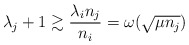
\begin{align*} \lambda_j + 1\gtrsim \frac{\lambda_i n_j}{n_i} = \omega(\sqrt{\mu n_j}) \end{align*}